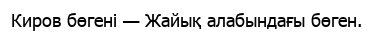
Киров бөгені — Жайық алабындағы бөген.